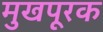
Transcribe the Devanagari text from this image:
मुखपूरक